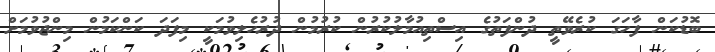
ބޮޑުކަން ފާހަގަ ކުރެވޭތީ ދުންފަތުގެ އިސްތިއުމާލުކުރުން ކުރުމުން ދުރުހެލިވުމަކީ މިފަދަ ކަންކަމުން މިންޖުވުމަށް